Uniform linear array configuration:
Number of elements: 4
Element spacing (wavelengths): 0.5
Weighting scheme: blackman
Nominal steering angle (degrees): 30
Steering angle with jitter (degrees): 29.604
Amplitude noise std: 0.05
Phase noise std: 0.05

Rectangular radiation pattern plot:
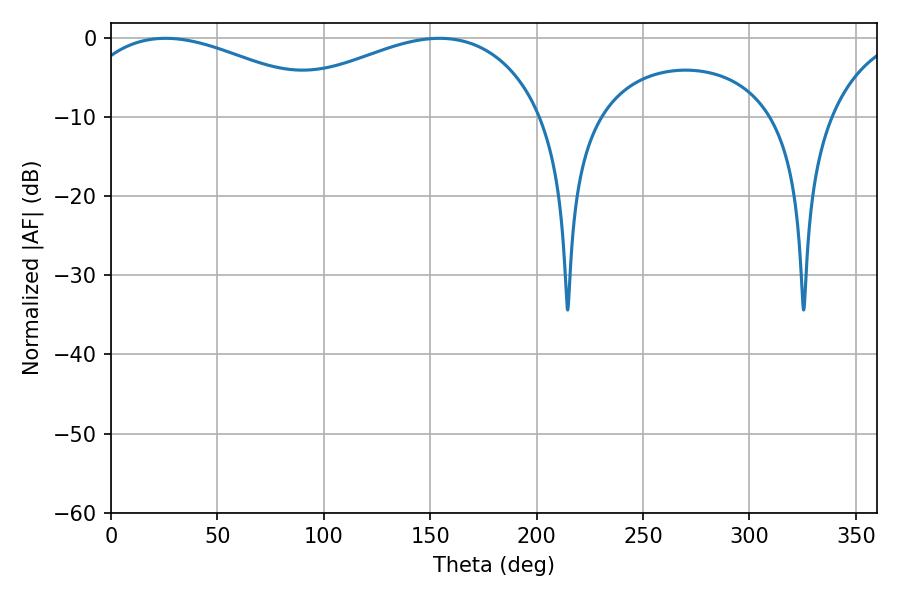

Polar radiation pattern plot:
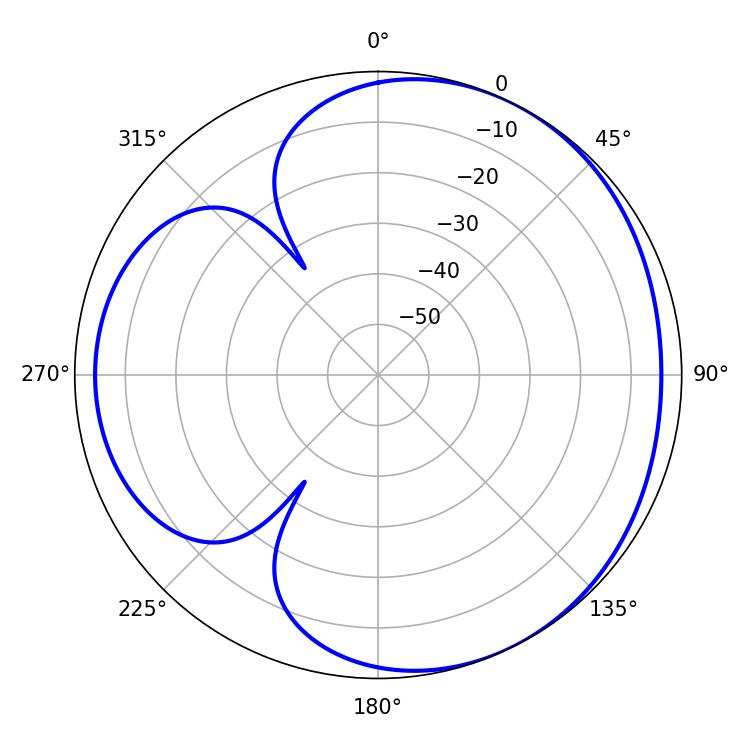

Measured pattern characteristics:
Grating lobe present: FALSE
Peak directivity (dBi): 3.595
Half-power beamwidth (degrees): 68.76
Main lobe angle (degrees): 25.74